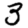
Digit: 3